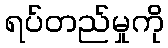
ရပ်တည်မှုကို